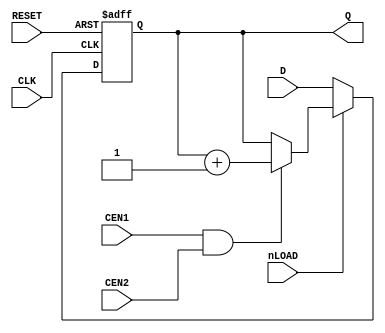
// This program was cloned from: https://github.com/furrtek/Arcade-TMNT_MiSTer
// License: GNU General Public License v2.0

module CNT1(
	input CLK,
	input RESET,
	input nLOAD, CEN1, CEN2,
	input [3:0] D,
	output reg [3:0] Q
);

always @(posedge CLK or posedge RESET) begin
	if (RESET) begin
		Q <= 4'd0;
	end else begin
		if (!nLOAD)
			Q <= D;
		else
			if (CEN1 & CEN2) Q <= Q + 1'b1;
	end
end

endmodule